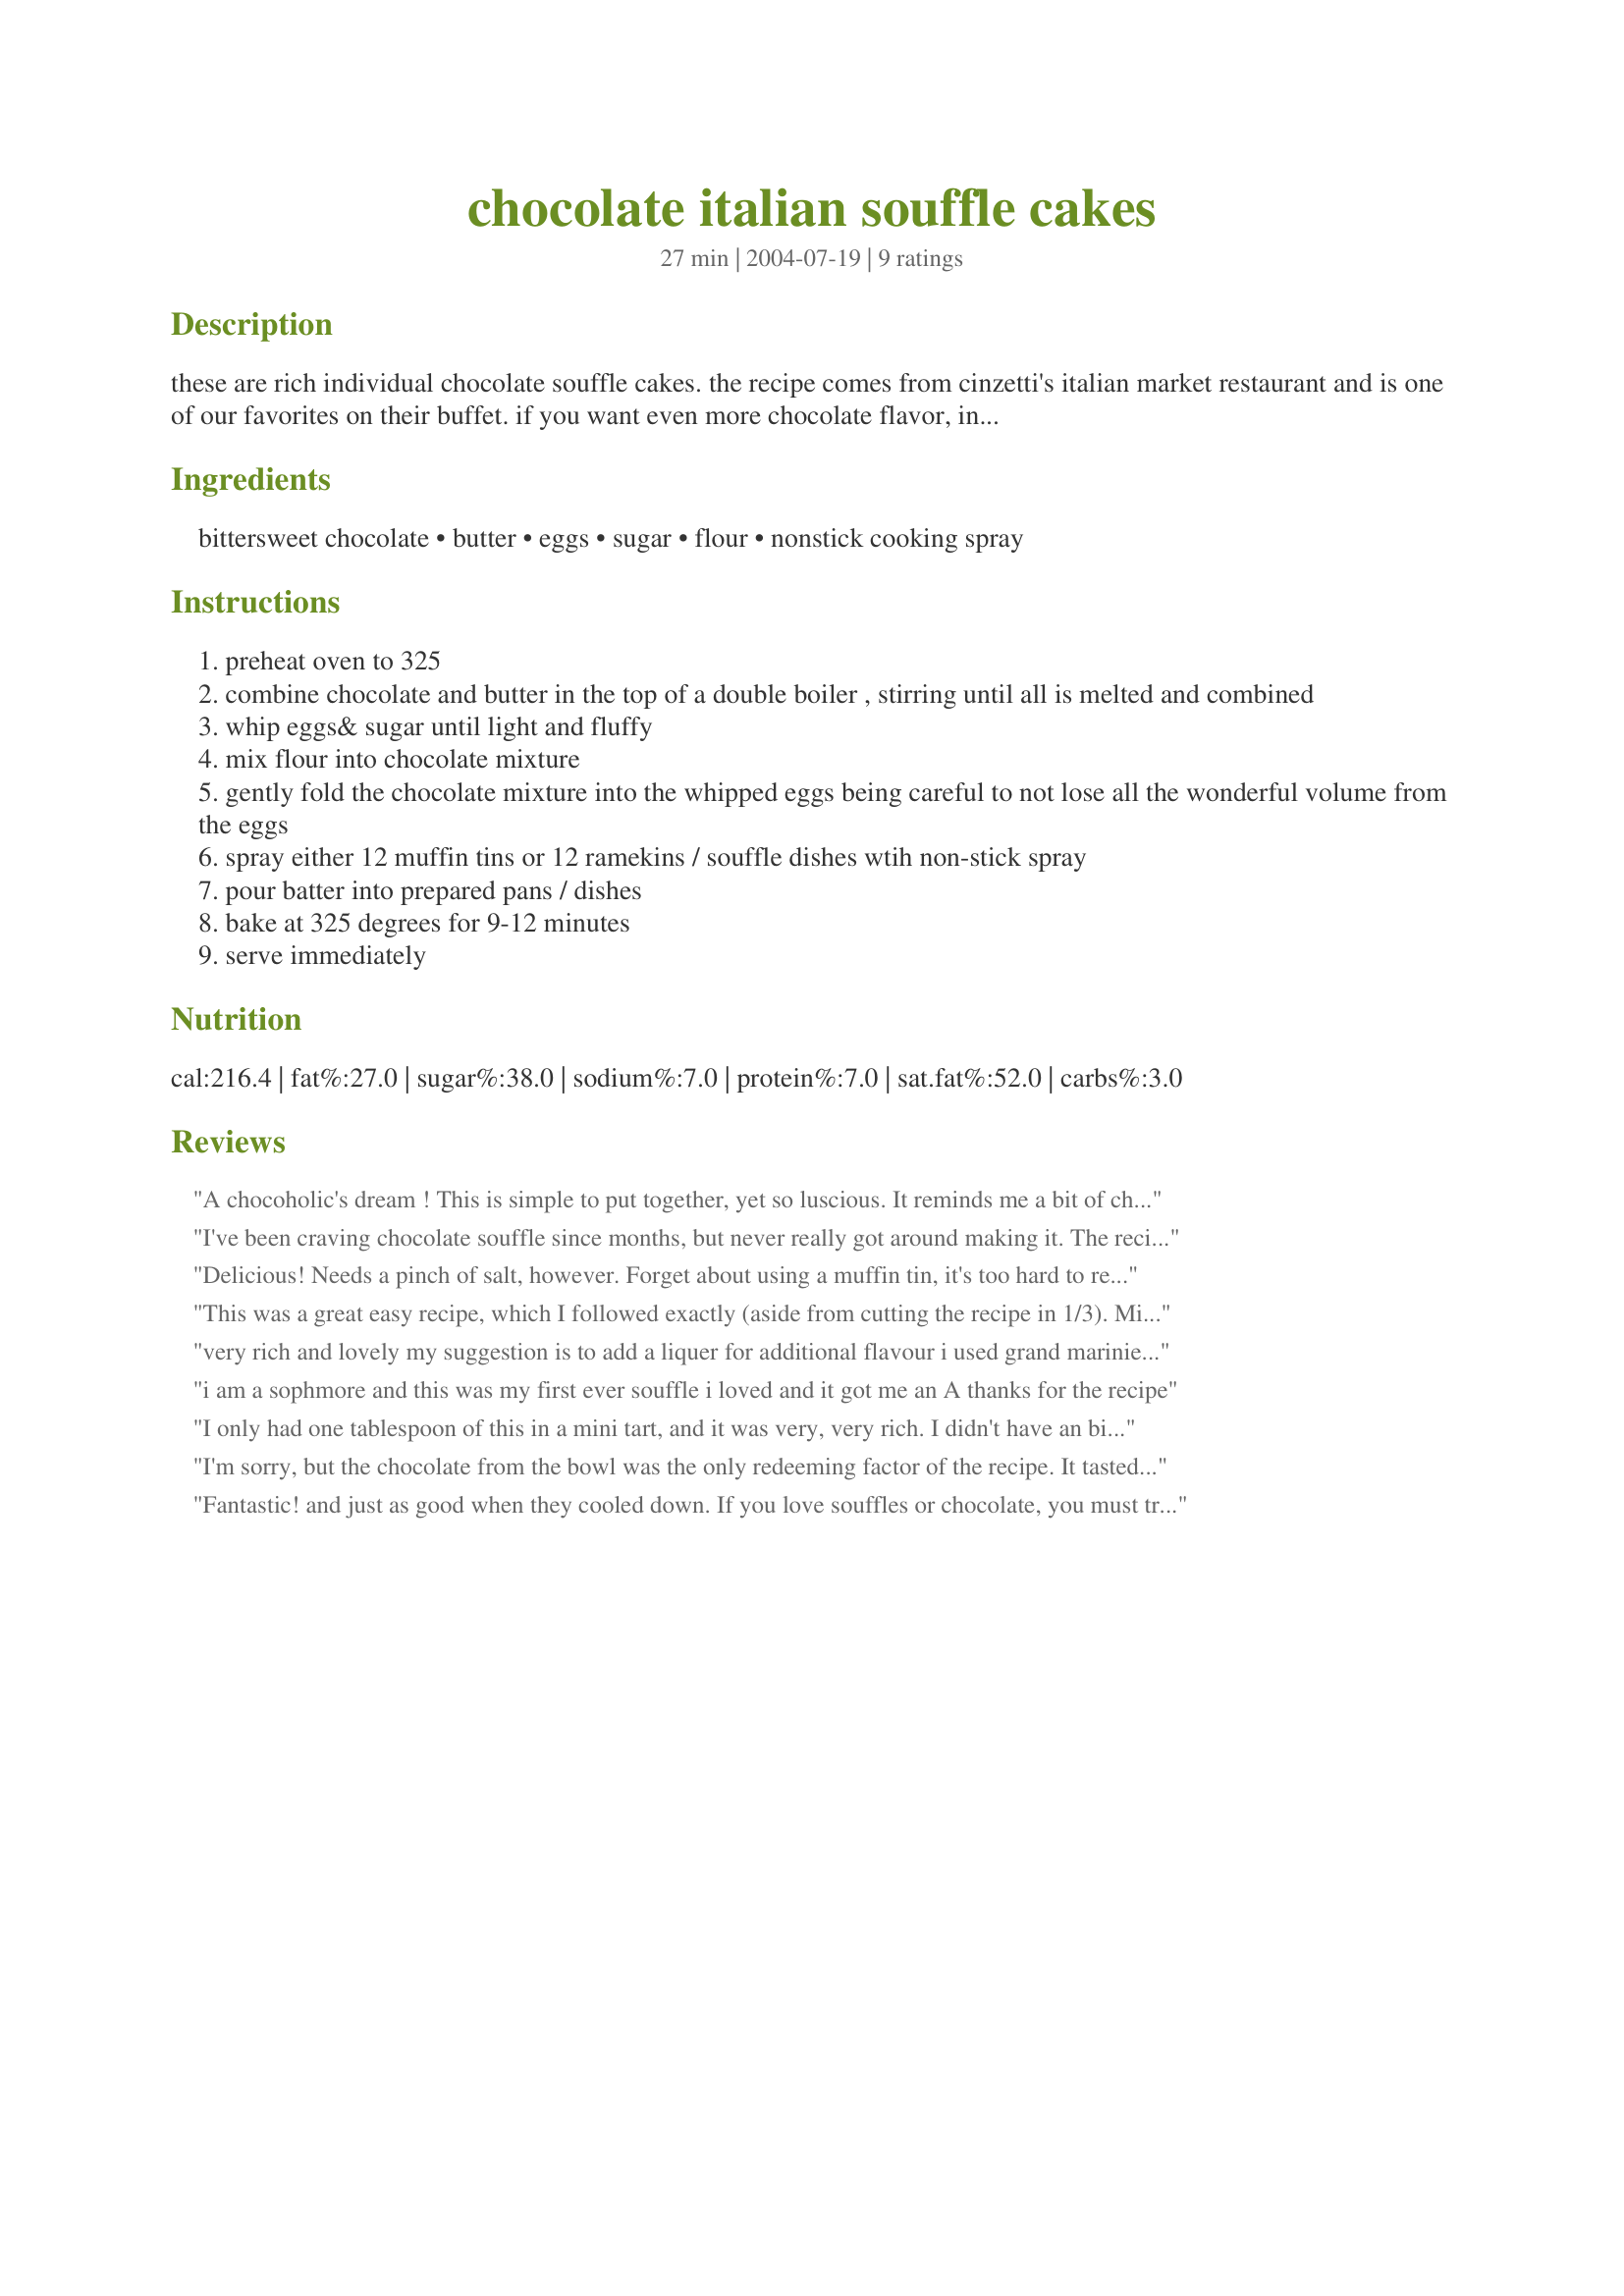
chocolate italian souffle cakes
Preparation time: 27 minutes

these are rich individual chocolate souffle cakes. the recipe comes from cinzetti's italian market restaurant and is one of our favorites on their buffet. if you want even more chocolate flavor, insert a small piece of bittersweet chocolate in the center of each cake before baking.

Ingredients:
bittersweet chocolate, butter, eggs, sugar, flour, nonstick cooking spray

Steps:
preheat oven to 325
combine chocolate and butter in the top of a double boiler , stirring until all is melted and combined
whip eggs& sugar until light and fluffy
mix flour into chocolate mixture
gently fold the chocolate mixture into the whipped eggs being careful to not lose all the wonderful volume from the eggs
spray either 12 muffin tins or 12 ramekins / souffle dishes wtih non-stick spray
pour batter into prepared pans / dishes
bake at 325 degrees for 9-12 minutes
serve immediately

Reviews:
A chocoholic's dream ! This is simple to put together, yet so luscious. It reminds me a bit of chocolate mousse (though slightly stiffer in texture) but much better for me since I can't eat raw whipping cream. Thanks for posting !
I've been craving chocolate souffle since months, but never really got around making it. The recipes i've seen before would pretty much scare me off, but this one! Simple and delicious.. will experiment with adding some spices to it though... aaand just a tiny tiny hint of salt:) Thank youuuuuu!
Delicious! Needs a pinch of salt, however. Forget about using a muffin tin, it's too hard to remove the souffles so that they maintain their super appearance. Fill the ramekins to the top so the batter rises above it. Very easy and quick to prepare. Will let you know how the freezing and re-heating goes.
This was a great easy recipe, which I followed exactly (aside from cutting the recipe in 1/3). Mine turned out perfect! It ended up needing about 17 minutes for the middle to set. This is a great chocolate base, and would be great with berries, cinnamon or other variations. 1/3 of the recipe made two small ramekins for me.
very rich and lovely
my suggestion is to add a liquer for additional flavour
i used grand marinier and ammaretto
i am a sophmore and this was my first ever souffle i loved and it got me an A thanks for the recipe
I only had one tablespoon of this in a mini tart, and it was very, very rich. I didn't have an bittersweet chocolate squares that everyone uses, and only had cocoa powder. I used 1 tbsp of vegetable oil and 3 tbsp cocoa, which in baking usually substitutes for 1 ounce of bittersweet chocolate. However, it was too much and bitter, so I added plain white sugar to the mix (according to taste)and a little bit of coconut creme to lighten up the dark chocolate taste. It came out fantastic! I recommend adding shredded coconut, or toasted even. The taste was just rich, and I'm one that usually eats an enormous amount of chocolate for satiety- one tbsp of this was enough to send me to the sky.
I'm sorry, but the chocolate from the bowl was the only redeeming factor of the recipe. It tasted like french toast. Maybe better if you add more chocolate?
Fantastic! and just as good when they cooled down. If you love souffles or chocolate, you must try this easy recipe!
